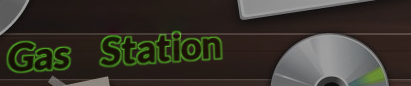
Gas Station